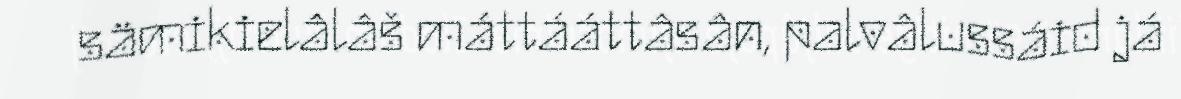
sämikielâlâš máttááttâsân, palvâlussáid já